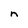
Character: n